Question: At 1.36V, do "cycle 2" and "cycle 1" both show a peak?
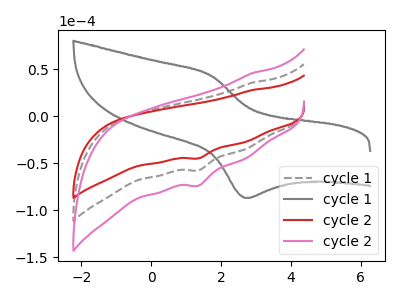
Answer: <think>The gray dashed curve "cycle 1" has a cathodic peak at: (1.35V, -57.40uA). The gray curve "cycle 1" has an anodic peak at (1.70V, 42.95uA) and a cathodic peak at (2.65V, -86.80uA). The red curve "cycle 2" has a cathodic peak at: (1.35V, -44.75uA). The pink curve "cycle 2" has a cathodic peak at: (1.35V, -114.80uA).</think>
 <answer>Yes, "cycle 2" and "cycle 1" share a peak at 1.36V.</answer>
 <eval>match</eval>